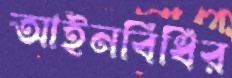
আইনবিধির